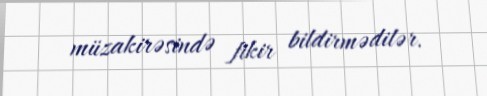
müzakirəsində fikir bildirmədilər.